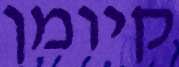
קיומן